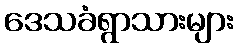
ဒေသခံရွာသားများ